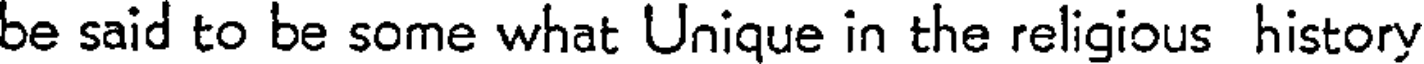
be said to be some what Unique in the religious history